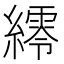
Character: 䌢